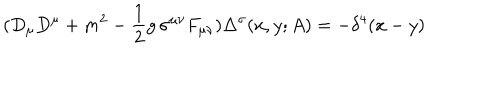
LaTeX: ( D _ { \mu } D ^ { \mu } + m ^ { 2 } - { \frac { 1 } { 2 } } g \, \sigma ^ { \mu \nu } F _ { \mu \nu } ) \Delta ^ { \sigma } ( x , y ; A ) = - \delta ^ { 4 } ( x - y )